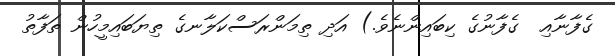
ގެފާނާއި  ގެފާނުގެ ކިބައިންނެވެ.) އަދި ތިމަންރަސްކަލާނގެ ތިޔަބައިމީހުން ތަފާތު